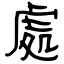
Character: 處